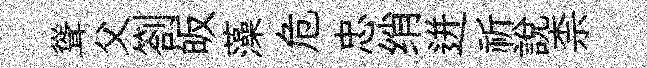
聳父劄皈藻危忠绡迸祈說柰